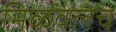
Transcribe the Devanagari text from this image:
मिळवलेच